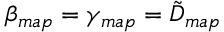
\beta _ { m a p } = \gamma _ { m a p } = \tilde { D } _ { m a p }